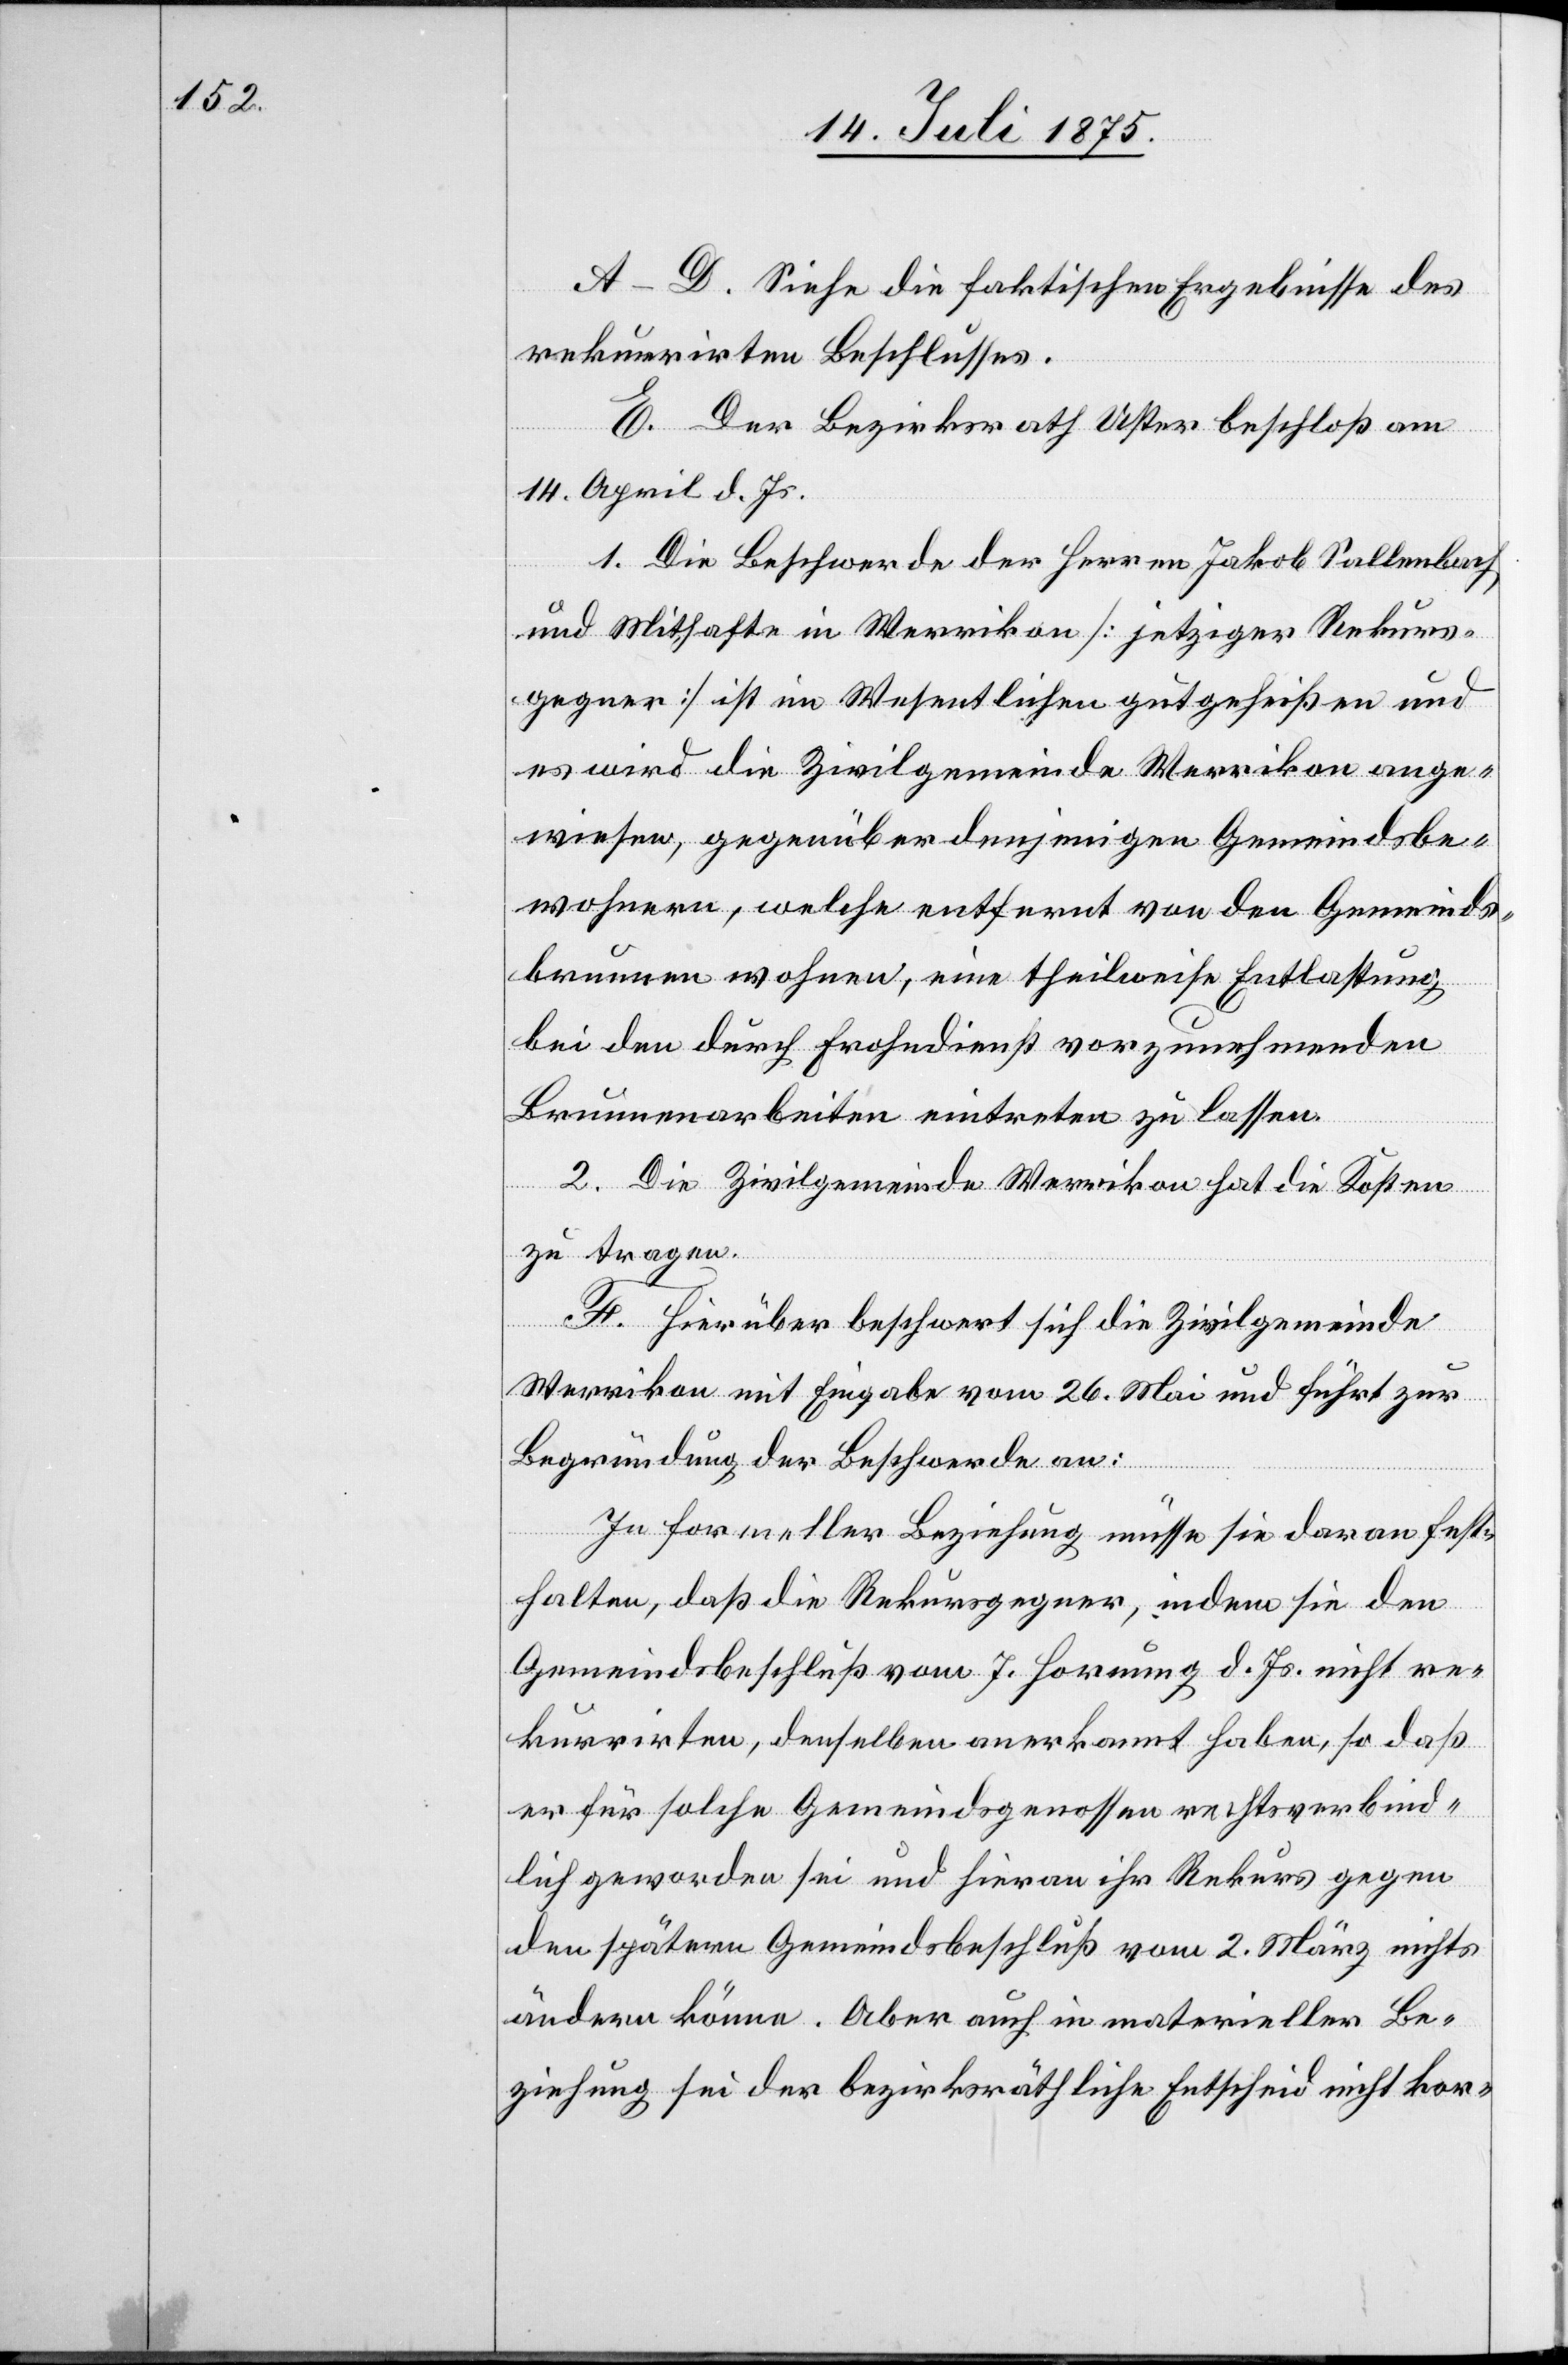
A–D. Siehe die faktischen Ergebnisse des
rekurrirten Beschlusses.
E. Der Bezirksrath Uster beschloß am
14. April d. Js.
1. Die Beschwerde der Herren Jakob Sallenbach
und Mithafte in Werrikon [jetziger Rekurs¬
gegner] ist im Wesentlichen gutgeheißen und
es wird die Zivilgemeinde Werrikon ange¬
wiesen, gegenüber denjenigen Gemeindsbe¬
wohnern, welche entfernt von den Gemeinds¬
brunnen wohnen, eine theilweise Entlastung
bei den durch Frohndienst vorzunehmenden
Brunnenarbeiten eintreten zu lassen.
2. Die Zivilgemeinde Werrikon hat die Kosten
zu tragen.
F. Hierüber beschwert sich die Zivilgemeinde
Werrikon mit Eingabe vom 26. Mai und führt zur
Begründung der Beschwerde an:
In formeller Beziehung müsse sie daran fest¬
halten, daß die Rekursgegner, indem sie den
Gemeindsbeschluß vom 7. Hornung d. Js. nicht re¬
kurrirten, denselben anerkannt haben, so daß
er für solche Gemeindsgenossen rechtsverbind¬
lich geworden sei und hieran ihr Rekurs gegen
den späten Gemeindsbeschluß vom 2. März nichts
ändern könne. Aber auch in materieller Be¬
ziehung sei der bezirksräthliche Entscheid nicht kor-